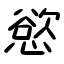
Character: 慾